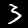
Digit: 3